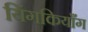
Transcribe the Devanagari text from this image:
यिंगकियाँग